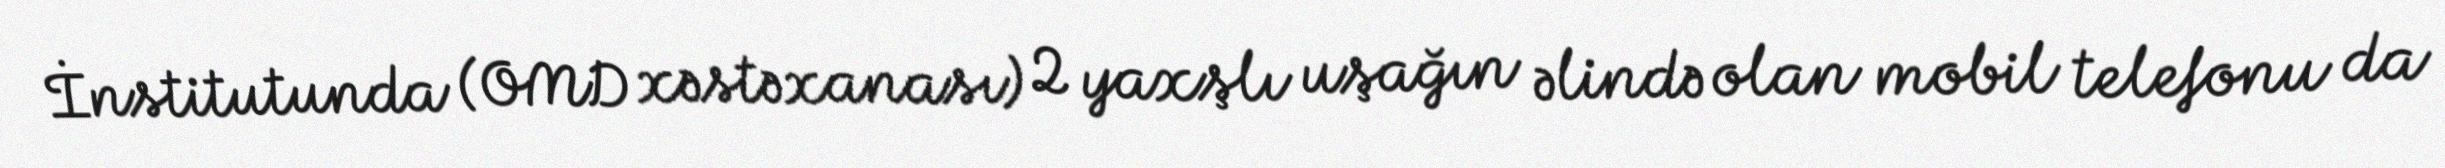
İnstitutunda (OMD xəstəxanası) 2 yaxşlı uşağın əlində olan mobil telefonu da